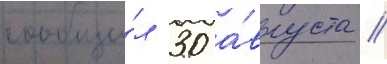
сообщи́л 30 а́вгуста /